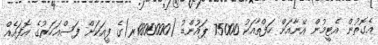
އެގޮތުން އެޓީމުން އޭނާއަށް ހަފްތާއަކު 75000 ޕައުންޑު (1800000ރ)ގެ ފީއަކަށް ފަސްއަހަރުގެ އޮފައެއް